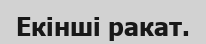
Екінші ракат.